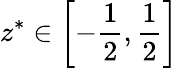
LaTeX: {{z}^{*}}\in\left[-\frac{1}{2},\frac{1}{2}\right]